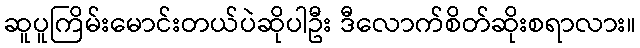
ဆူပူကြိမ်းမောင်းတယ်ပဲဆိုပါဦး ဒီလောက်စိတ်ဆိုးစရာလား။